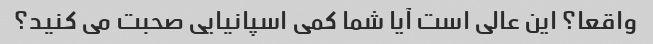
واقعا؟ این عالی است آیا شما کمی اسپانیایی صحبت می کنید؟